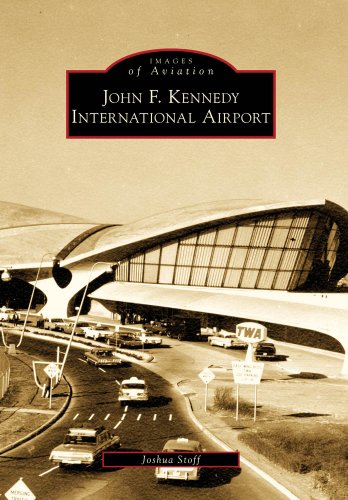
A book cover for John F. Kennedy International Airport (Images of Aviation); Joshua Stoff; Arts & Photography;